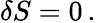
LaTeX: \delta S=0\, .